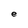
Character: e